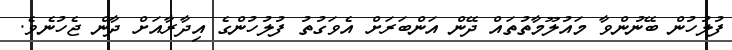
ފުލުހުން ބޭނުންވާ މައުލޫމާތުތައް ދޭން އަންބަރަށް އެވަގުތު ފުލުހުންގެ އިދާރާއަށް ދާން ޖެހުނެވެ.